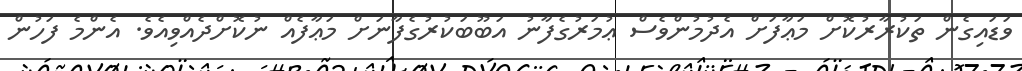
ވަޑައިގެން ތަކުރާރުކޮށް މަޢާފަށް އެދުމުންވެސް ޢުމަރުގެފާނު އަބޫބަކުރުގެފާނަށް މަޢާފެއް ނުކޮށްދެއްވިއެވެ. އެންމެ ފަހުން